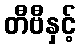
တီဗီနှင့်